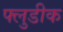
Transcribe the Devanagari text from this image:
फ्लुडीक